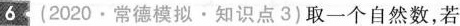
6 (2020·常德模拟·知识点3)取一个自然数，若